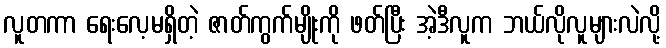
လူတကာ ရေးလေ့မရှိတဲ့ ဇာတ်ကွက်မျိုးကို ဖတ်ပြီး အဲ့ဒီလူက ဘယ်လိုလူများလဲလို့